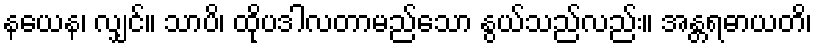
နယေန၊ လျှင်။ သာပိ၊ ထိုပဒါလတာမည်သော နွယ်သည်လည်း။ အန္တရဓာယတိ၊